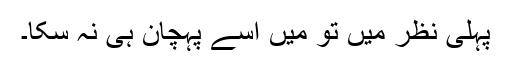
پہلی نظر میں تو میں اسے پہچان ہی نہ سکا۔